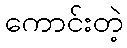
ကောင်းတဲ့